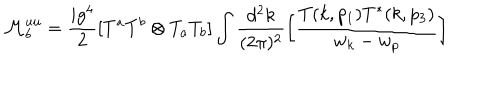
{ \cal M } _ { b } ^ { u u } = \frac { i g ^ { 4 } } { 2 } [ T ^ { a } T ^ { b } \otimes T _ { a } T _ { b } ] \int \frac { d ^ { 2 } k } { ( 2 \pi ) ^ { 2 } } \left[ \frac { T ( k , p _ { 1 } ) T ^ { * } ( k , p _ { 3 } ) } { w _ { k } - w _ { p } } \right]